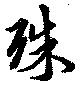
殊